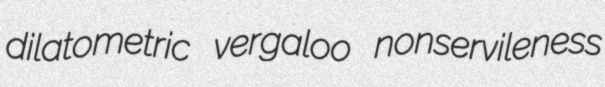
dilatometric vergaloo nonservileness